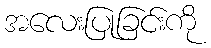
အလေးပြုခြင်းကို